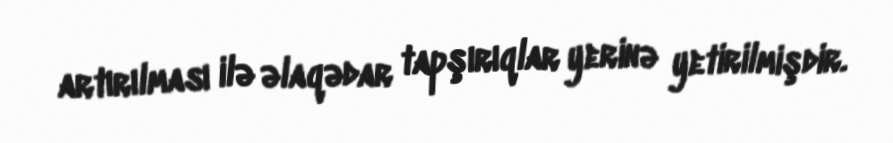
artırılması ilə əlaqədar tapşırıqlar yerinə yetirilmişdir.